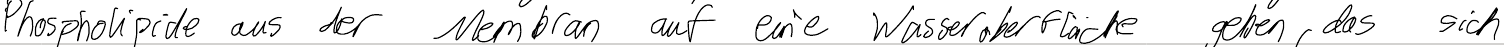
Phospholipide aus der Membran auf eine Wasseroberfläche geben, das sich